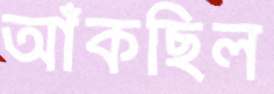
আঁকছিল